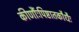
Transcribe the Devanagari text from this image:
कीर्णौःपिष्टातकौधैः